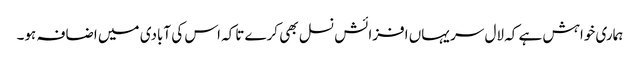
ہماری خواہش ہے کہ لال سر یہاں افزائش نسل بھی کرے تاکہ اس کی آبادی میں اضافہ ہو۔